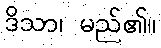
ဒိသာ၊ မည်၏။